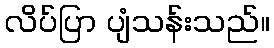
လိပ်ပြာ ပျံသန်းသည်။